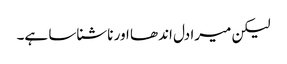
لیکن میرا دل اندھا اور ناشناسا ہے۔